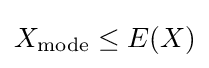
X_{\text{mode}}\leq E(X)